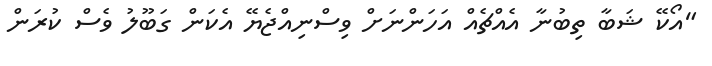
"އޯކޭ ޝަބާ ތިބުނާ އެއްޗެއް އަހަންނަށް ވިސްނިއްޖެޔޭ އެކަން ގަބޫލު ވެސް ކުރަން